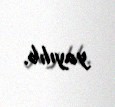
yayılıb.